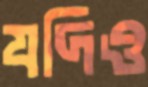
যদিও